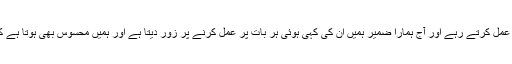
وہ خود کیسے اپنی کہی ہوئی باتوں پر عمل کرتے رہے اور آج ہمارا ضمیر ہمیں ان کی کہی ہوئی ہر بات پر عمل کرنے پر زور دیتا ہے اور ہمیں محسوس بھی ہوتا ہے کہ ہم تعلیمات جنرل کے بنا ادھورا ہیں۔